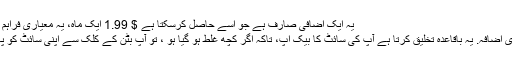
یہ ایک اضافی صارف ہے جو اسے حاصل کرسکتا ہے $ 1.99 ایک ماہ، یہ معیاری فراہم کرتا ہے ویب سائٹ تحفظ، جیسے:
سائٹ بیک اپ پرو ایک ہے اختیاری اضافہ. یہ باقاعدہ تخلیق کرتا ہے آپ کی سائٹ کا بیک اپ، تاکہ اگر کچھ غلط ہو گیا ہو ، تو آپ بٹن کے کلک سے اپنی سائٹ کو پہلے ورژن میں بحال کرسکتے ہیں۔